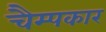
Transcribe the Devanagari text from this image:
चैम्पकार